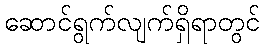
ဆောင်ရွက်လျက်ရှိရာတွင်